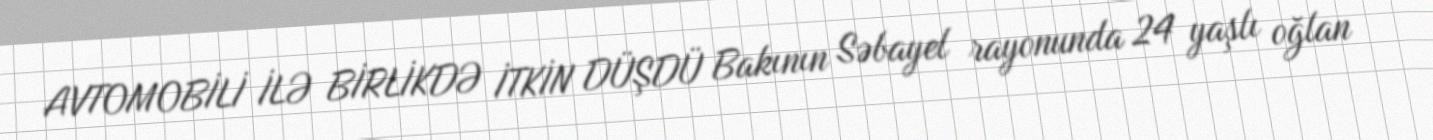
AVTOMOBİLİ İLƏ BİRLİKDƏ İTKİN DÜŞDÜ Bakının Səbayel rayonunda 24 yaşlı oğlan